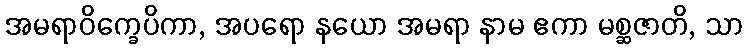
အမရာဝိက္ခေပိကာ, အပရော နယော အမရာ နာမ ဧကာ မစ္ဆဇာတိ, သာ